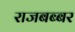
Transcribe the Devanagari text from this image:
राजबब्बर